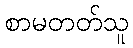
စာမတတ်သူ